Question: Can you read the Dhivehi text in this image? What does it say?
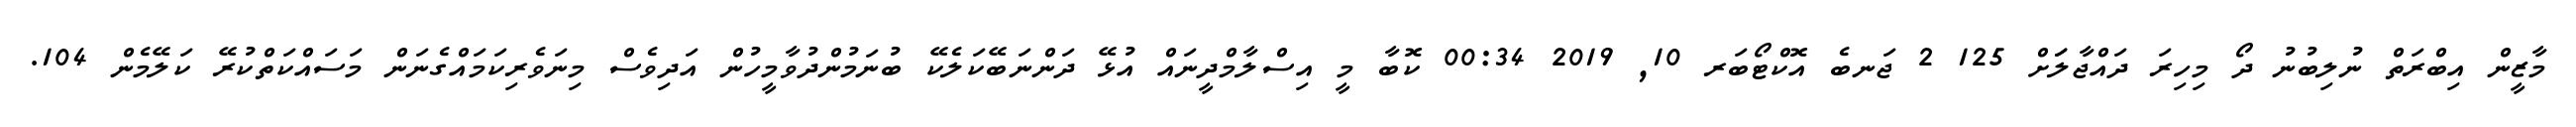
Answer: މާޒީން އިބްރަތް ނުލިބުނު ދޯ މިހިރަ ދައްޖާލަަށް 125 2 ޖަނބެ އޮކްޓޯބަރ 10, 2019 00:34 ކޮބާ މީ އިސްލާމްދީނައް އުޅޭ ދަންނަބޭކަލެކޭ ބުނަމުންދުވާމީހުން އަދިވެސް މިނަވެރިކަމައްގެނަން މަސައްކަތްކުރޭ ކަލޭމެން 104.